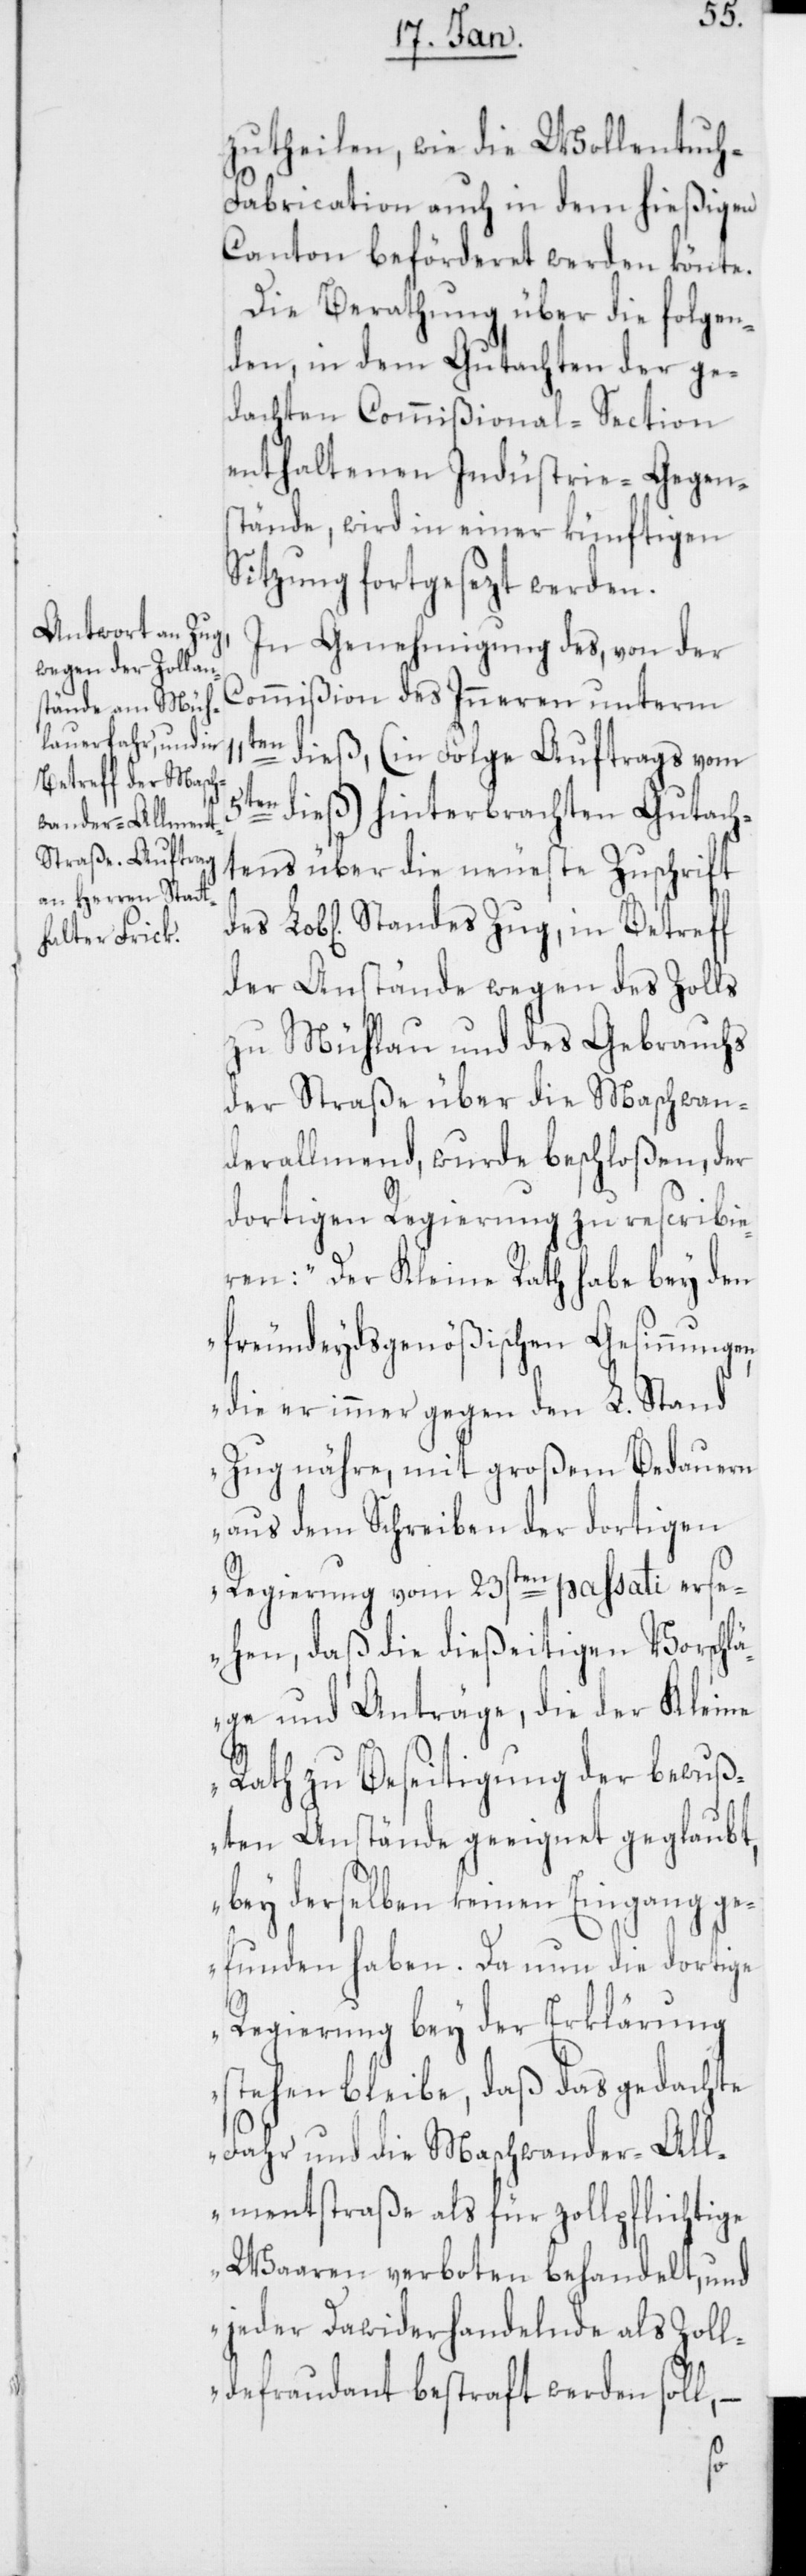
zutheilen, wie die Wollentuc¬
h-Fabrication auch in dem hießigen
Canton beförderet werden kön[n]te.
Die Berathung über die folgen¬
den, in dem Gutachten der ge¬
dachten Commißional-Section
enthaltenen Industrie-Gegens¬
tände, wird in einer künftigen
Sitzung fortgesezt werden.
In Genehmigung des, von der
Commißion des Inneren unterm
dieß, (in Folge Auftrags vom
en dieß) hinterbrachten Gutach¬
tens über die neueste Zuschrift
des Lobl. Standes Zug, in Betreff
der Anstände wegen des Zolls
zu Mühlau und des Gebrauchs
der Straße über die Maschwan¬
derallmend, wurde beschloßen, der
dortigen Regierung zu rescribie¬
ren: „Der Kleine Rath habe bey den
freundeydsgenößischen Gesinnungen,
die er immer gegen den L. Stand
Zug nähre, mit großem Bedauern
aus dem Schreiben der dortigen
Regierung vom 23sten passati ers¬
ehen, daß die dießeitigen Vorschlä¬
ge und Anträge, die der Kleine
Rath zu Beseitigung der bewuß¬
ten Anstände geeignet geglaubt,
bey derselben keinen Eingang ge¬
funden haben. Da nun die dortige
Regierung bey der Erklärung
stehen bleibe, daß das gedachte
Fahr und die Maschwander-All¬
mentstraße als für zollpflichtige
Waaren verboten behandelt, und
jeder Darwiderhandelnde als Zoll¬
defraudant bestraft werden soll, –
5t¬